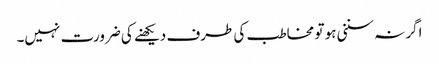
اگر نہ سننی ہو تو مخاطب کی طرف دیکھنے کی ضرورت نہیں۔